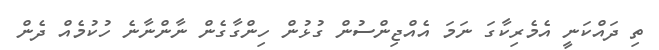
ތި ދައްކަނީ އެމެރިކާގަ ނަމަ އެއްޖިންސުން ގުޅުން ހިންގާގެން ނާންނާނެ ހުކުމެއް ދެން